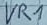
Text: VR1